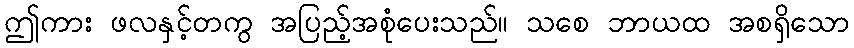
ဤကား ဖလနှင့်တကွ အပြည့်အစုံပေးသည်။ သစေ ဘာယထ အစရှိသော